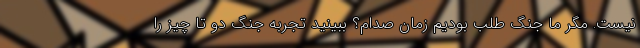
نیست. مگر ما جنگ طلب بودیم زمان صدام؟ ببینید تجربه جنگ دو تا چیز را